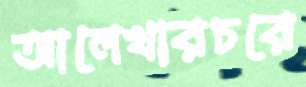
আলেখারচরে